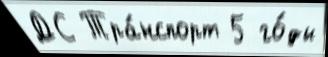
ДС Тра́нспорт 5 го́ды